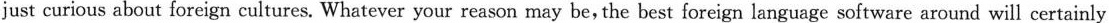
just curious about foreign cultures. Whatever your reason may be, the best foreign language software around will certainly